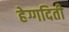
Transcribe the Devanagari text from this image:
हेग्गदिती